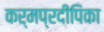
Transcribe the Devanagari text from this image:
कर्मप्रदीपिका